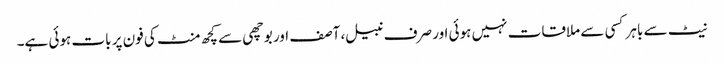
نیٹ سے باہر کسی سے ملاقات نہیں ہوئی اور صرف نبیل، آصف اور بوچھی سے کچھ منٹ کی فون پر بات ہوئی ہے۔